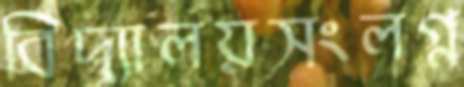
বিদ্যালয়সংলগ্ন